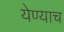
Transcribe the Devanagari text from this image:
येण्याच